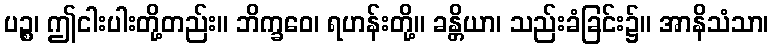
ပဉ္စ၊ ဤငါးပါးတို့တည်း။ ဘိက္ခဝေ၊ ရဟန်းတို့။ ခန္တိယာ၊ သည်းခံခြင်း၌။ အာနိသံသာ၊